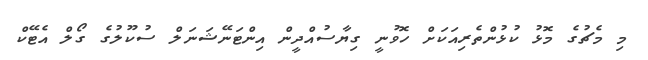
މި މެޗުގެ މޮޅު ކުޅުންތެރިއަކަށް ހޮވުނީ ގިޔާސުއްދީން އިންޓަނޭޝަނަލް ސުކޫލުގެ ގޯލް އެޓޭކް